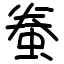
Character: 䖭